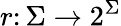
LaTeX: r\colon\Sigma\rightarrow 2^{\Sigma}